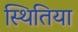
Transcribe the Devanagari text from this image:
स्थितिया